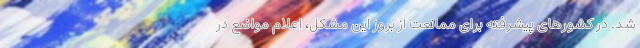
شد. در کشورهای پیشرفته برای ممانعت از بروز این مشکل، اعلام مواضع در